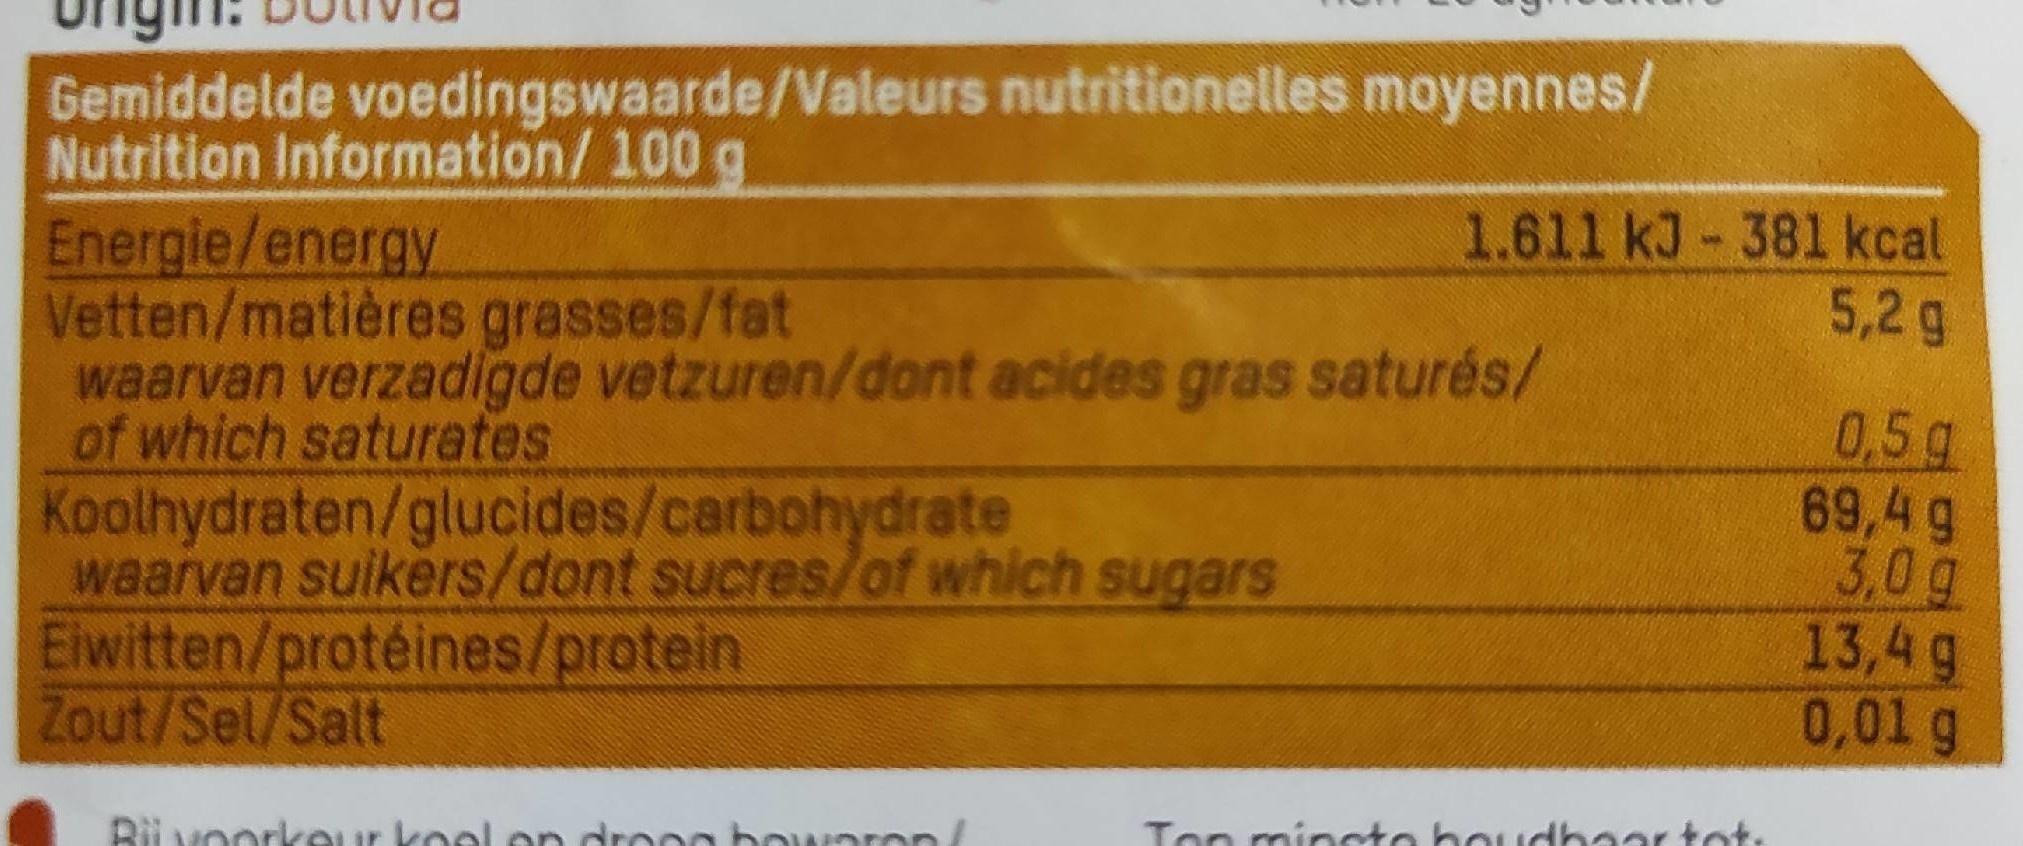
Gemiddelde voedingswaarde/Valeurs nutritionelles moyennes/ Nutrition Information/ 100 g Energie/energy Vetten/matières grasses/fat waarvan verzadigde vetzuren/dont acides gras saturés/ of which saturates Koolhydraten/glucides/carbohydrate waarvan suikers/dont sucres/of which sugars Eiwitten/protéines/protein Zout/Sel/Salt
1.611 kJ - 381 kcal 5,2g
0,5 g 69,4 g 3,0g 13,4g 0,01g
Bii voorkeur koel on drooo bowaron
Ton mincte houdbaertot.